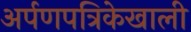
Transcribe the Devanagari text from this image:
अर्पणपत्रिकेखाली